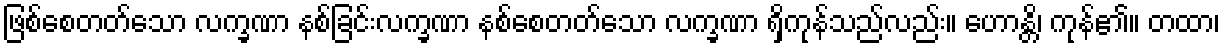
ဖြစ်စေတတ်သော လက္ခဏာ နစ်ခြင်းလက္ခဏာ နစ်စေတတ်သော လက္ခဏာ ရှိကုန်သည်လည်း။ ဟောန္တိ၊ ကုန်၏။ တထာ၊